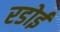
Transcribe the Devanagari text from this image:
रडोई